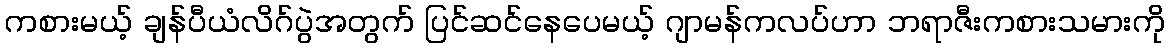
ကစားမယ့် ချန်ပီယံလိဂ်ပွဲအတွက် ပြင်ဆင်နေပေမယ့် ဂျာမန်ကလပ်ဟာ ဘရာဇီးကစားသမားကို